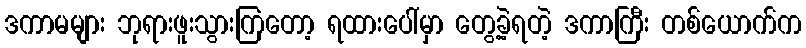
ဒကာမများ ဘုရားဖူးသွားကြတော့ ရထားပေါ်မှာ တွေ့ခဲ့ရတဲ့ ဒကာကြီး တစ်ယောက်က